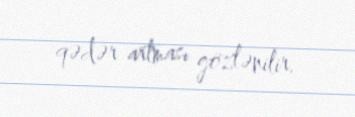
qədər artması gözlənilir.